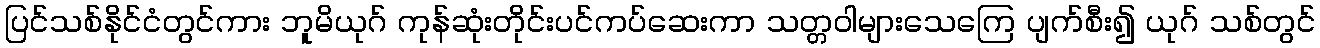
ပြင်သစ်နိုင်ငံတွင်ကား ဘူမိယုဂ် ကုန်ဆုံးတိုင်းပင်ကပ်ဆေးကာ သတ္တဝါများသေကြေ ပျက်စီး၍ ယုဂ် သစ်တွင်